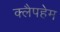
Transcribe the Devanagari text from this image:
क्लैपहेम